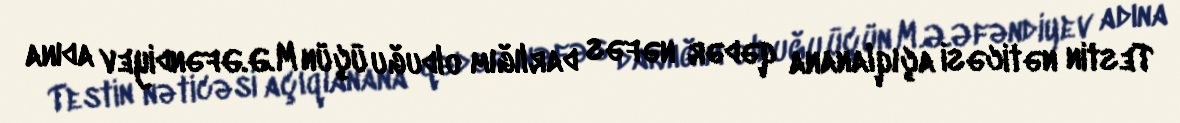
Testin nəticəsi açıqlanana qədər nəfəs darlığım olduğu üçün M.Ə.Əfəndiyev adına